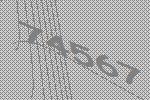
74567